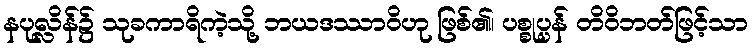
နပုလ္လိန်၌ သုခကာရိကဲ့သို့ ဘယဒဿာဝိဟု ဖြစ်၏၊ ပစ္စုပ္ပန် တိဝိဘတ်ဖြင့်သာ